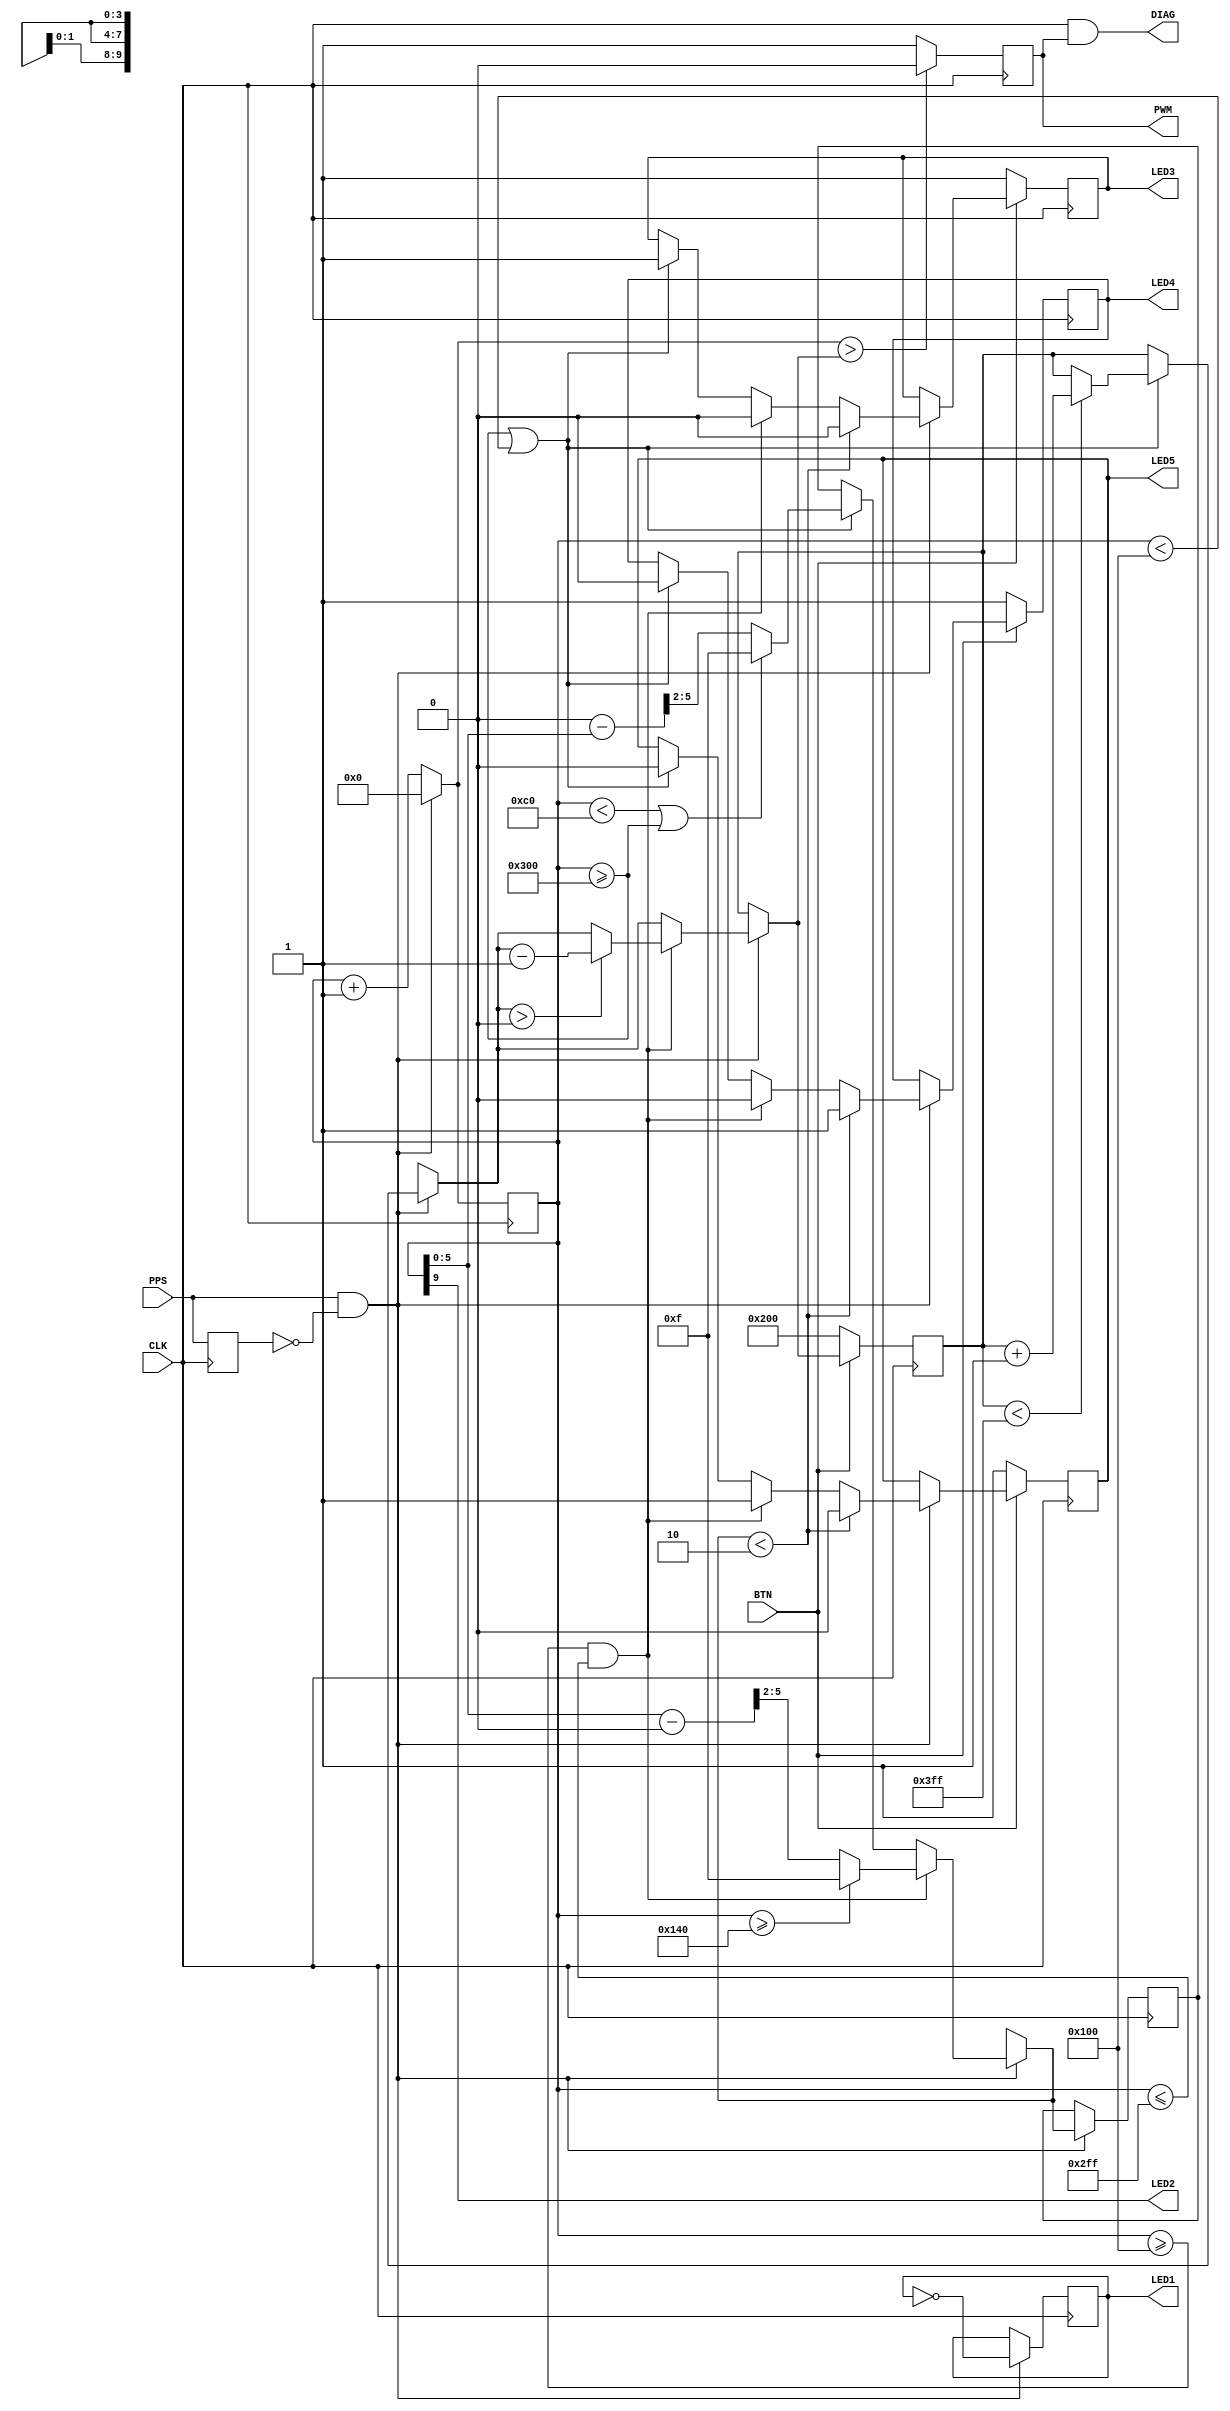
`timescale 1ns / 1ps
//
//    4    PPS   GPS
//
module main(
    input CLK,		//       VCXO
    input PPS,		//  PPS  GPS
    input BTN,		//   
    output LED1, //   PPS
    output LED2,
    output LED3,	// "   4 "
    output LED4,	// "   4  +- 16 "
    output LED5,	// "   4 "
    output PWM,	//     VCXO
	 output DIAG  //   PWM   
    );
//reg[21:0] counter = 22'b0;
//     ,    . 
//     4000000,      256 
// (3906*1024 + 256 = 4000000).    ( 
//  ),      768  0  256.
//    .    , 
//    257  767.      
//   4 ,       !
reg[9:0] counter = 10'b0;   // 0...1023,       CPLD XC2C64a
reg[9:0] pwmvalue = 10'b0;
reg oldpps = 1'b0;
reg pwmout = 1'b0;
reg[3:0] difference;
//      PPS,    
reg reg_led3 = 1; //   4  - 
reg reg_led4 = 0; //    4  - 
reg reg_led5 = 1; //   4  - 
	
reg reg_led1 = 0; // PPS -    dangerousprototypes.com
reg reg_led2 = 0; //  
	
always @(posedge CLK)
	begin
		if(PPS == 1'b1 && oldpps == 1'b0)
			begin
				reg_led1 = ~reg_led1; //  
				
				if(counter >= 10'd768 || counter < 10'd256) //   4 
					begin
					if(pwmvalue < 10'd1023)
						begin
							pwmvalue = pwmvalue + 1; //  
						end
					if(counter < (256-64) || counter >= 10'd768)
						difference = 4'hf;
					else
						difference = (256-counter)>>2;
						
					reg_led3 = 1; reg_led4 = 0; reg_led5 = 0;
					end

				if(counter >= 10'd256 && counter <= 10'd767) //   4 
					begin
					if(pwmvalue > 10'd0)
						begin
							pwmvalue = pwmvalue - 1;
						end
					if(counter >= (256+64))
						difference = 4'hf;
					else
						difference = (counter-256)>>2 ;

					reg_led3 = 0; reg_led4 = 0; reg_led5 = 1;
					end
					
				if(difference < 2)  //  +- 4 
					begin
					reg_led3 = 0; reg_led4 = 1; reg_led5 = 0;
					end

				counter = 10'b0;
			end
		else
			begin
				counter = counter + 1;	
			end
			
		//   10    pwmvalue,    0
		if(counter[9:0] > pwmvalue)
			pwmout = 1'b0;
		else
			pwmout = 1'b1;
			
		oldpps = PPS; //   PPS
		
		//    -   PWM    a
		if(BTN == 0)
			begin
				pwmvalue = 10'd512;					
				reg_led3 = 1; reg_led4 = 1; reg_led5 = 1;
			end

	end // @(posedge CLK)
	
	assign PWM = pwmout;
	assign LED1 = reg_led1;
	assign LED2 = counter[9];//reg_led2;
	assign LED3 = reg_led3;
	assign LED4 = reg_led4;
	assign LED5 = reg_led5;
	assign DIAG = CLK & pwmout;

endmodule